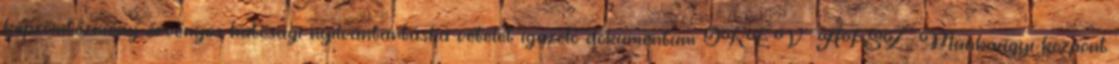
képzőintézmény érvényes hatósági nyilvántartásba vételét igazoló dokumentum OKÉV ÁFSZ Munkaügyi központ